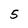
Character: 5